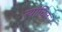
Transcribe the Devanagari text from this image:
त्यांचिन